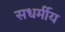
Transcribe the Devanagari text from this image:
सधर्मीय